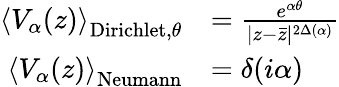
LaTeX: {\begin{array}{rl}{\left\langle V_{\alpha}(z)\right\rangle_{{\mathrm{Dirichlet}},\theta}}&{={\frac{e^{\alpha\theta}}{|z-{\bar{z}}|^{2\Delta(\alpha)}}}}\\ {\left\langle V_{\alpha}(z)\right\rangle_{\mathrm{Neumann}}}&{=\delta(i\alpha)}\end{array}}